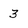
Character: 3